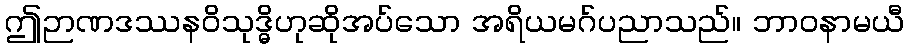
ဤဉာဏဒဿနဝိသုဒ္ဓိဟုဆိုအပ်သော အရိယမဂ်ပညာသည်။ ဘာဝနာမယီ